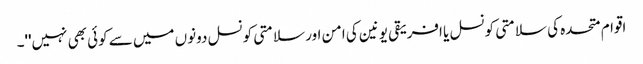
اقوام متحدہ کی سلامتی کونسل یا افریقی یونین کی امن اور سلامتی کونسل دونوں میں سے کوئی بھی نہیں''۔